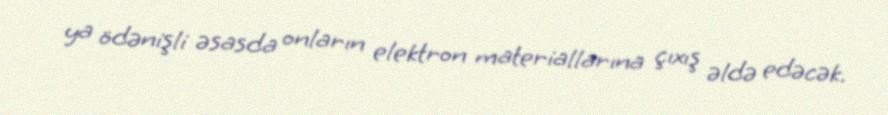
ya ödənişli əsasda onların elektron materiallarına çıxış əldə edəcək.